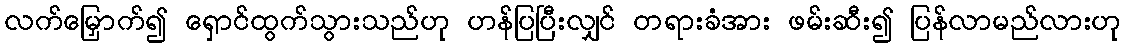
လက်မြှောက်၍ ရှောင်ထွက်သွားသည်ဟု ဟန်ပြပြီးလျှင် တရားခံအား ဖမ်းဆီး၍ ပြန်လာမည်လားဟု